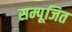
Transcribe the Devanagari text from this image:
सम्पूजित